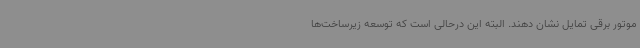
موتور برقی تمایل نشان دهند. البته این درحالی است که توسعه زیرساخت‌ها